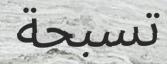
تسبحة